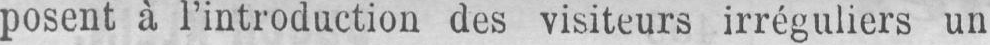
posent à l’introduction des visiteurs irréguliers un